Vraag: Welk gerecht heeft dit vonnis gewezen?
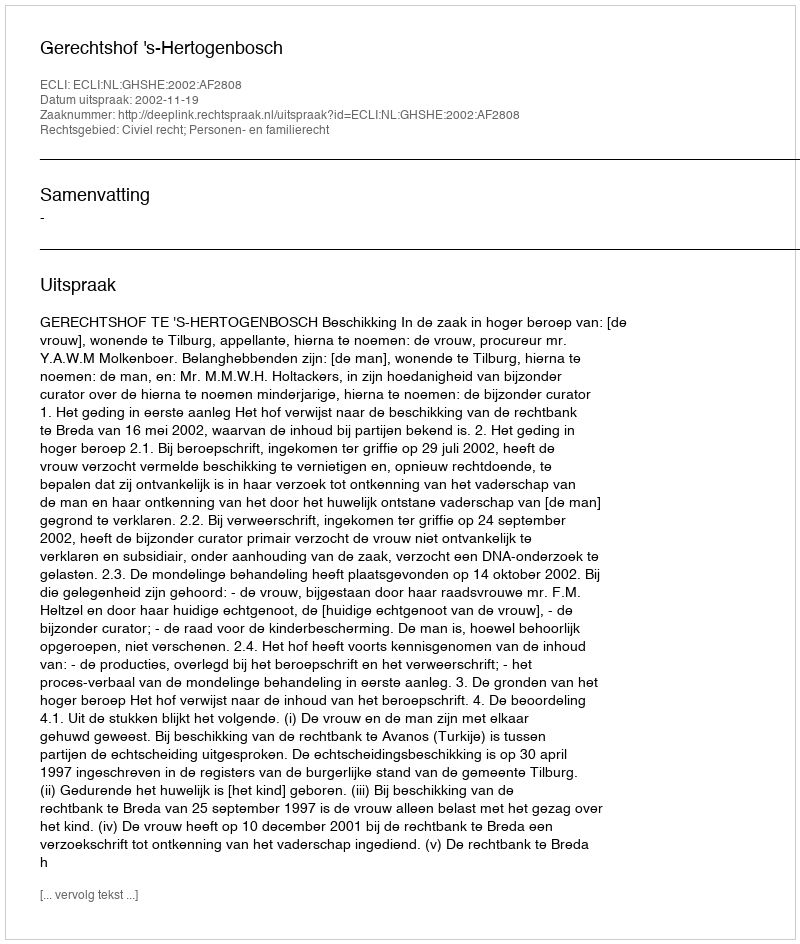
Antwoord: Gerechtshof 's-Hertogenbosch